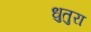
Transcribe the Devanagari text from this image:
धुतुरा